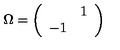
\Omega = \left( \begin{array} { c c } { } & { 1 } \\ { - 1 } & { } \\ \end{array} \right)